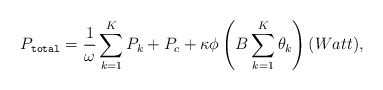
\begin{align*}P_{\texttt{total}}=\frac{1}{\omega}\sum_{k=1}^K P_k+P_c+\kappa\phi\left(B\sum_{k=1}^K\theta_k\right)(Watt),\end{align*}